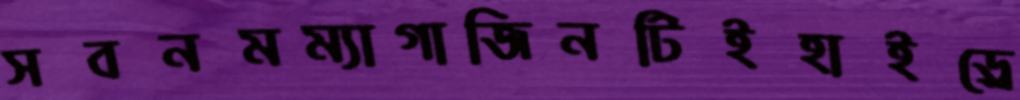
সবনমম্যাগাজিনটিইহাইড্রে